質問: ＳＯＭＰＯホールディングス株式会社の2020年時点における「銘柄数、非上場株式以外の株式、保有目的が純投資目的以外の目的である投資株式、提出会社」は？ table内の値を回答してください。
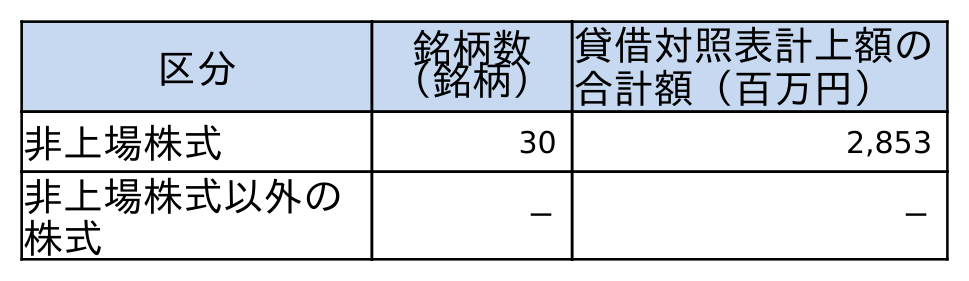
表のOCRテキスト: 区分 銘柄数 （銘柄） 貸借対照表計上額の 合計額（百万円） 非上場株式 30 2,853 非上場株式以外の 株式 － －
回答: －